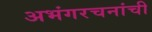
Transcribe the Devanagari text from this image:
अभंगरचनांची